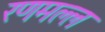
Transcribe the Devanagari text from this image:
रणमल्ल